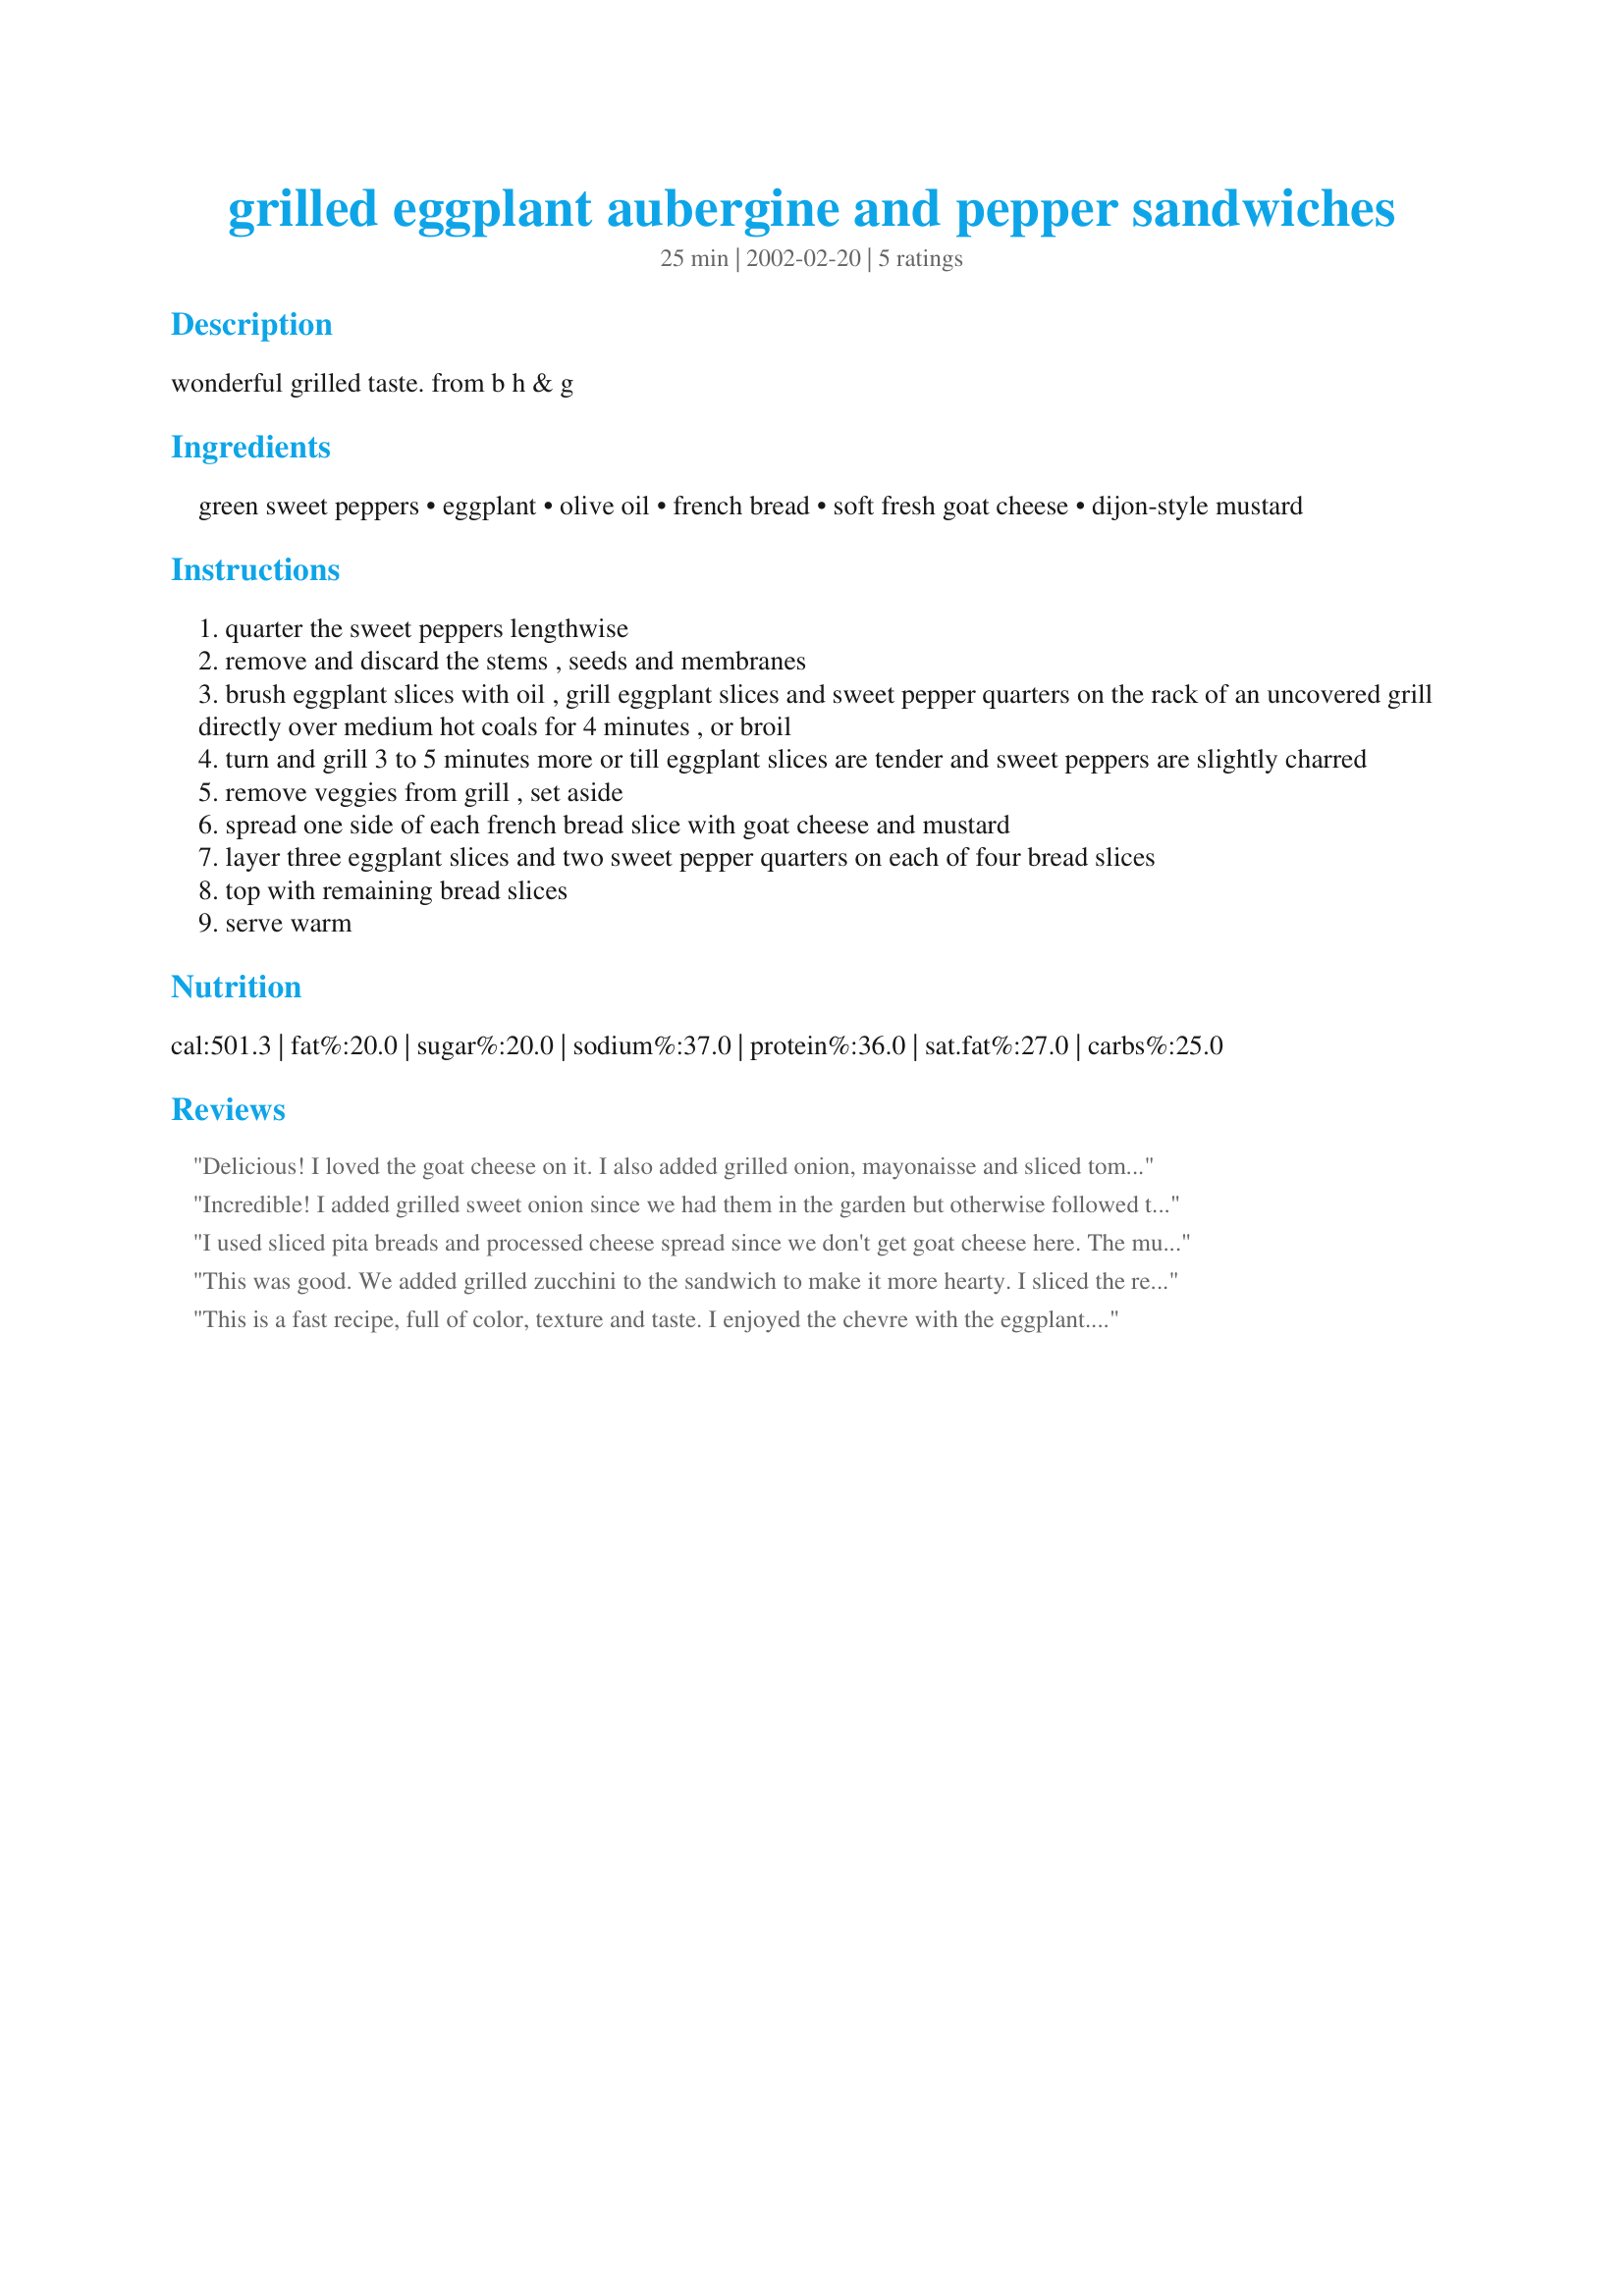
grilled eggplant aubergine and pepper sandwiches
Preparation time: 25 minutes

wonderful grilled taste. from b h & g

Ingredients:
green sweet peppers, eggplant, olive oil, french bread, soft fresh goat cheese, dijon-style mustard

Steps:
quarter the sweet peppers lengthwise
remove and discard the stems , seeds and membranes
brush eggplant slices with oil , grill eggplant slices and sweet pepper quarters on the rack of an uncovered grill directly over medium hot coals for 4 minutes , or broil
turn and grill 3 to 5 minutes more or till eggplant slices are tender and sweet peppers are slightly charred
remove veggies from grill , set aside
spread one side of each french bread slice with goat cheese and mustard
layer three eggplant slices and two sweet pepper quarters on each of four bread slices
top with remaining bread slices
serve warm

Reviews:
Delicious! I loved the goat cheese on it. I also added grilled onion, mayonaisse and sliced tomoato.
Incredible! I added grilled sweet onion since we had them in the garden but otherwise followed the recipe. We both LOVED them - even my favorite meat eater (Dh).
I used sliced pita breads and processed cheese spread since we don't get goat cheese here. The mustard was rather strong for my liking, so next time I'll reduce the amount. Also, chopping the veggies into smaller sections after grilling would really help, since most of the veggies tend to fall into your mouth the very first bite! Thanks Dorothy, this was really good, and very easy to make.
This was good. We added grilled zucchini to the sandwich to make it more hearty. I sliced the red pepper to make it easier to eat and I served these open faced. I think a drizzle is balsamic glaze would make these perfect.
This is a fast recipe, full of color, texture and taste. I enjoyed the chevre with the eggplant. For visual interest, I used 1 green pepper, and 1 red pepper. I thought the taste was terrific. Thanks, Derf, for sharing this wonderful recipe. Definately on my keeper list.
